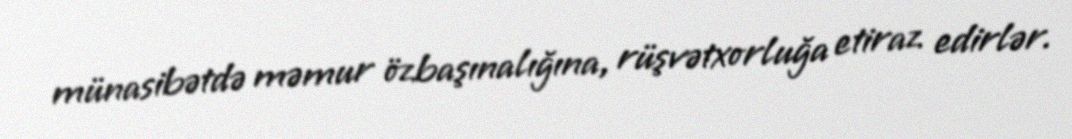
münasibətdə məmur özbaşınalığına, rüşvətxorluğa etiraz edirlər.